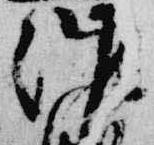
催